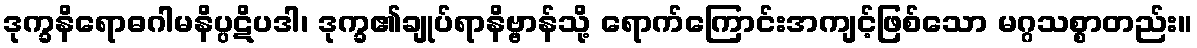
ဒုက္ခနိရောဓဂါမနိပ္ပဋိပဒါ၊ ဒုက္ခ၏ချုပ်ရာနိဗ္ဗာန်သို့ ရောက်ကြောင်းအကျင့်ဖြစ်သော မဂ္ဂသစ္စာတည်း။